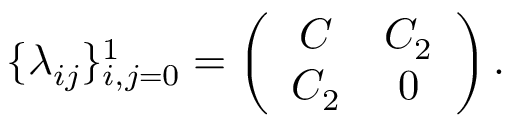
\{ \lambda _ { i j } \} _ { i , j = 0 } ^ { 1 } = \left( \begin{array} { c c } { { C } } & { { C _ { 2 } } } \\ { { C _ { 2 } } } & { { 0 } } \end{array} \right) .